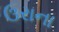
ઉરાના